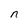
Character: n